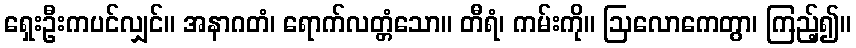
ရှေးဦးကပင်လျှင်။ အနာဂတံ၊ ရောက်လတ္တံသော။ တီရံ၊ ကမ်းကို။ ဩလောကေတွာ၊ ကြည့်၍။